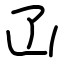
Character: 𠙶